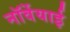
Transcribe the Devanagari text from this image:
नॉर्वेयाई